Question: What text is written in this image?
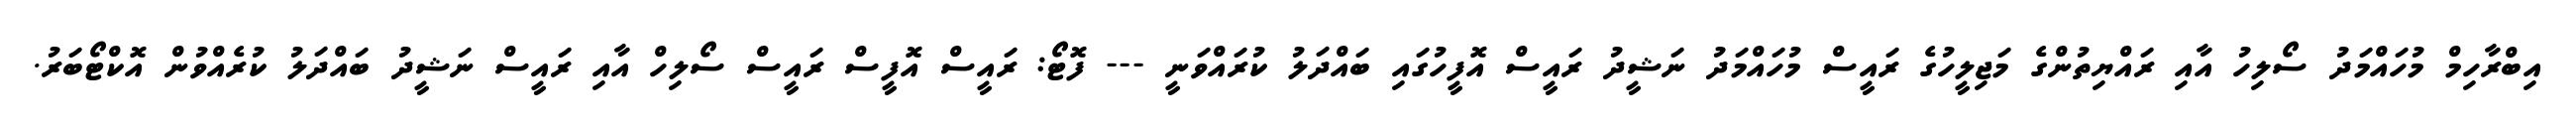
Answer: އިބްރާހިމް މުހައްމަދު ސޯލިހު އާއި ރައްޔިތުންގެ މަޖިލީހުގެ ރައީސް މުހައްމަދު ނަޝީދު ރައީސް އޮފީހުގައި ބައްދަލު ކުރައްވަނީ --- ފޮޓޯ: ރައީސް އޮފީސް ރައީސް ސޯލިހް އާއި ރައީސް ނަޝީދު ބައްދަލު ކުރެއްވުން އޮކްޓޯބަރު.